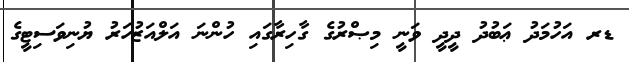
ޑރ އަހުމަދު ޢަބުދު ދީދީ ވަނީ މިޞްރުގެ ގާހިރާގައި ހުންނަ އަލްއަޒުހަރު ޔުނިވަސިޓީގެ